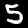
Digit: 5